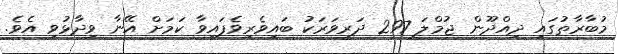
މުބާރާތުގައި ދިއްދޫން ޖުމްލަ 297 ދަރިވަރަކު ބައިވެރިވެފައިވާ ކަމަށް އޭނާ ވިދާޅުވި އެވެ.